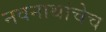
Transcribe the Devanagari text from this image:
नवनाथांचेच